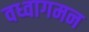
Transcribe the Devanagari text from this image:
वध्वागमन